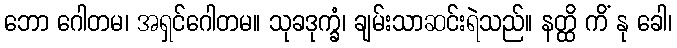
ဘော ဂေါတမ၊ အရှင်ဂေါတမ။ သုခဒုက္ခံ၊ ချမ်းသာဆင်းရဲသည်။ နတ္ထိ ကိံ နု ခေါ၊